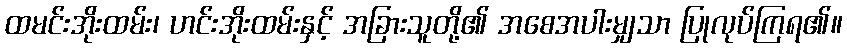
ထမင်းအိုးထမ်း၊ ဟင်းအိုးထမ်းနှင့် အခြားသူတို့၏ အစေအပါးမျှသာ ပြုလုပ်ကြရ၏။